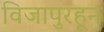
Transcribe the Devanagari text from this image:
विजापुरहून